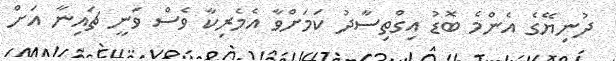
ދުނިޔޭގެ އެންމެ ބޮޑު އިގްތިސާދު ކަމަށްވާ އެމެރިކާ ވެސް ވަނީ ޗައިނާ އަށް